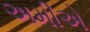
અમીએ